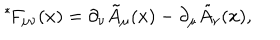
{ } ^ { * } \! F _ { \mu \nu } ( x ) = \partial _ { \nu } \tilde { A } _ { \mu } ( x ) - \partial _ { \mu } \tilde { A } _ { \nu } ( x ) ,